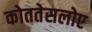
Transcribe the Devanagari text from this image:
कोततेसलोए